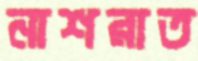
নাশরাত